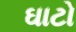
ઘાટો